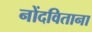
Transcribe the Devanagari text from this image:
नोंदविताना